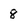
Character: 8